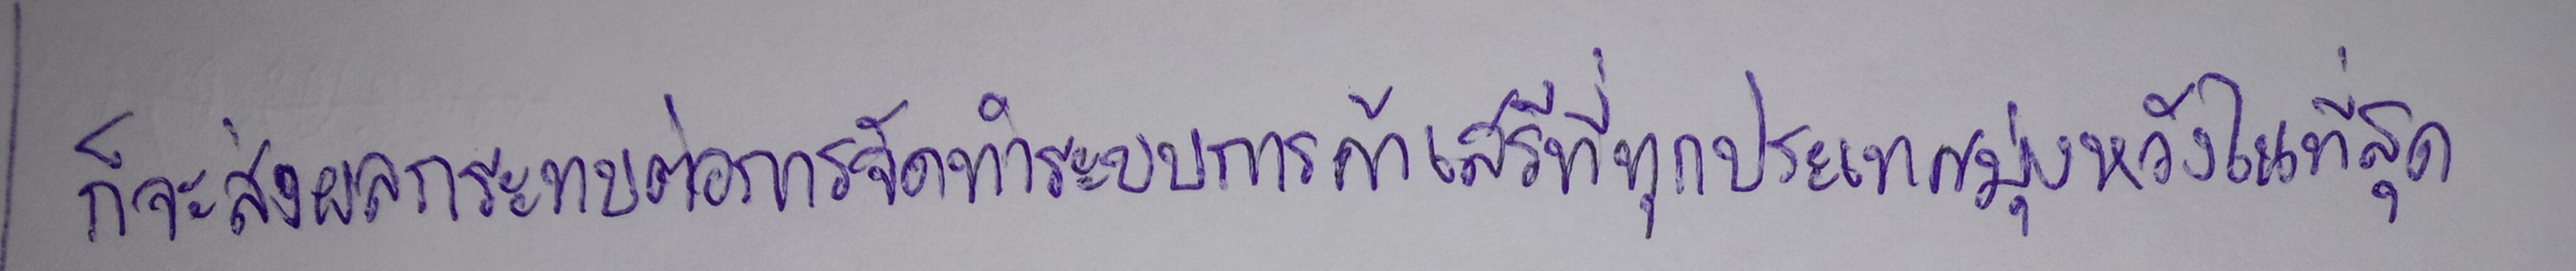
ก็จะส่งผลกระทบต่อการจัดทำระบบการค้าเสรีที่ทุกประเทศมุ่งหวังในที่สุด